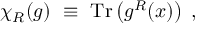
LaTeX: \chi _ { R } ( g ) ~ \equiv ~ \mathrm { T r } \left( g ^ { R } ( x ) \right) \; ,